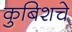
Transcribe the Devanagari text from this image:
कुबिशचे